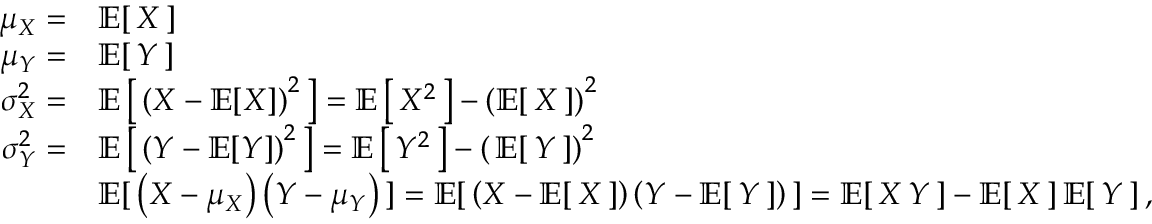
{ \begin{array} { r l } { \mu _ { X } = } & { \operatorname { \mathbb { E } } [ \, X \, ] } \\ { \mu _ { Y } = } & { \operatorname { \mathbb { E } } [ \, Y \, ] } \\ { \sigma _ { X } ^ { 2 } = } & { \operatorname { \mathbb { E } } \left[ \, \left( X - \operatorname { \mathbb { E } } [ X ] \right) ^ { 2 } \, \right] = \operatorname { \mathbb { E } } \left[ \, X ^ { 2 } \, \right] - \left( \operatorname { \mathbb { E } } [ \, X \, ] \right) ^ { 2 } } \\ { \sigma _ { Y } ^ { 2 } = } & { \operatorname { \mathbb { E } } \left[ \, \left( Y - \operatorname { \mathbb { E } } [ Y ] \right) ^ { 2 } \, \right] = \operatorname { \mathbb { E } } \left[ \, Y ^ { 2 } \, \right] - \left( \, \operatorname { \mathbb { E } } [ \, Y \, ] \right) ^ { 2 } } \\ & { \operatorname { \mathbb { E } } [ \, \left( X - \mu _ { X } \right) \left( Y - \mu _ { Y } \right) \, ] = \operatorname { \mathbb { E } } [ \, \left( X - \operatorname { \mathbb { E } } [ \, X \, ] \right) \left( Y - \operatorname { \mathbb { E } } [ \, Y \, ] \right) \, ] = \operatorname { \mathbb { E } } [ \, X \, Y \, ] - \operatorname { \mathbb { E } } [ \, X \, ] \operatorname { \mathbb { E } } [ \, Y \, ] \, , } \end{array} }